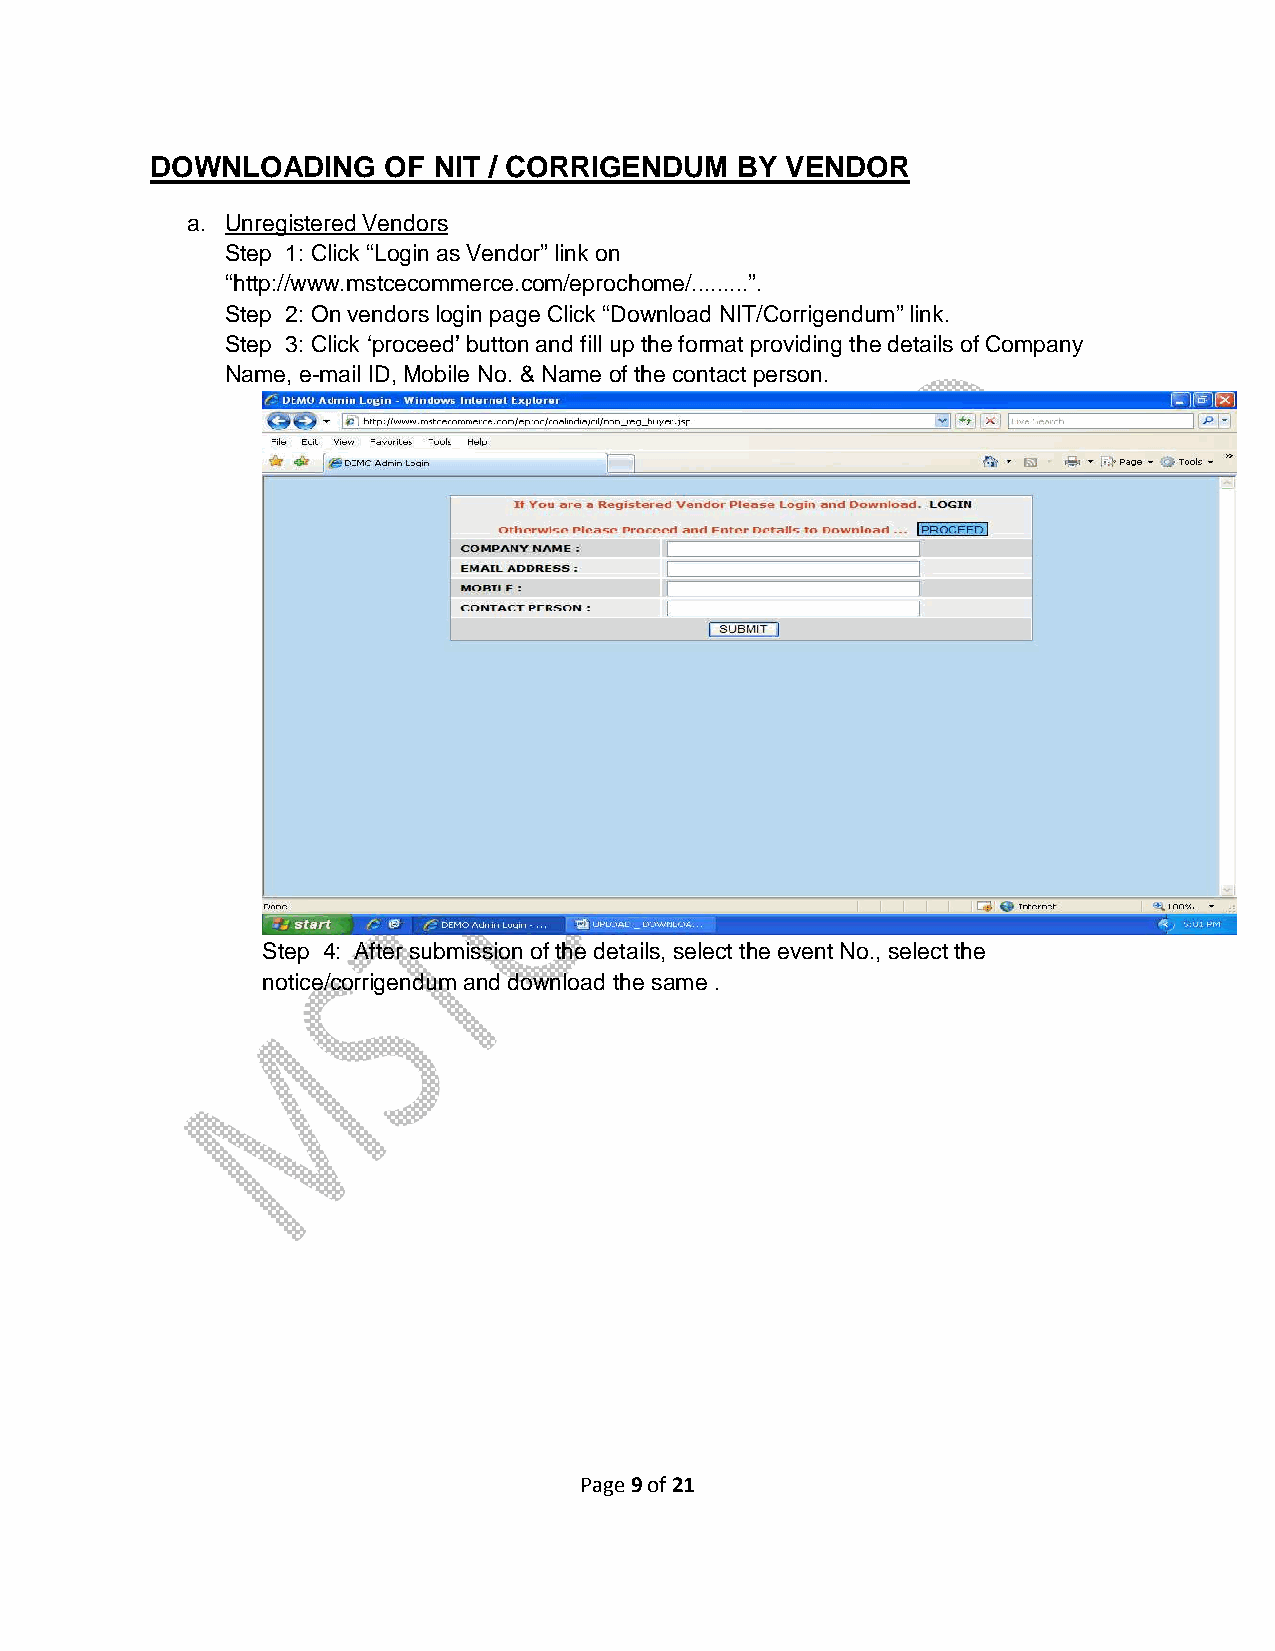
DOWNLOADING    OF  NIT / CORRIGENDUM   BY VENDOR
 a. Unregistered Vendors
 Step 1: Click “Login as Vendor” link on
 “http://www.mstcecommerce.com/eprochome/.........”.
 Step 2: On vendors login page Click “Download NIT/Corrigendum” link.
 Step 3: Click ‘proceed’ button and fill up the format providing the details of Company
 Name, e-mail ID, Mobile No. & Name of the contact person.
 Step 4: After submission of the details, select the event No., select the
 notice/corrigendum and download the same .
 Page 9 of 21